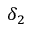
\delta _ { 2 }